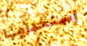
إستخدامها